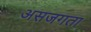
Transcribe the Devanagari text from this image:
असजगता